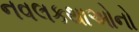
નવલકથાઓનો